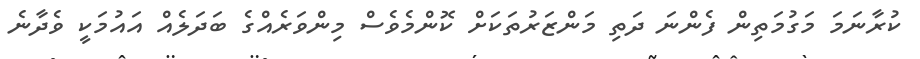
ކުރާނަމަ މަގުމަތިން ފެންނަ ދަތި މަންޒަރުތަކަށް ކޮންމެވެސް މިންވަރެއްގެ ބަދަލެއް އައުމަކީ ވެދާނެ